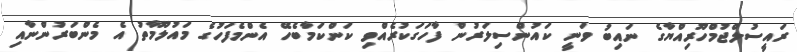
ރައީސުލްޖުމްހޫރިއްޔާގެ ނައިބު ވަނީ ކައުންސިލަރުން ފާހަގަކުރެއްވި ކަންކަމާބެހޭ އެންމެފަހުގެ މައުލޫމާތު އެ މެންބަރުންނާއި